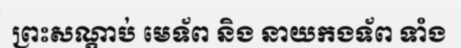
ព្រះសណ្តាប់ មេទ័ព និង នាយកងទ័ព ទាំង